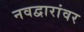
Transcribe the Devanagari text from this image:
नवद्वारांवर